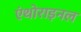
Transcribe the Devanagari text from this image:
एंथोराइनल